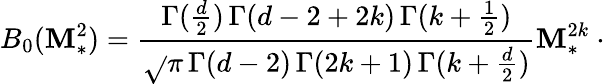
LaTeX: B_{0}(\mathbf{M}_{*}^{2})=\frac{{\Gamma(\frac{{d}}{{2}})\, \Gamma(d-2+2k)\, \Gamma(k+\frac{{1}}{{2}})}}{{\sqrt{}{{\pi}}\, \Gamma(d-2)\, \Gamma(2k+1)\, \Gamma(k+\frac{{d}}{{2}})}}\mathbf{M}_{\ast}^{2k}\ \cdot